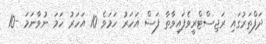
ދަފްތަރުގައި ރަޖިސްޓްރީވެފައިވާތާ ފަސް އަހަރު ހަމަވެ 10 އަހަރު ހަމަ ނުވާނަމަ -10